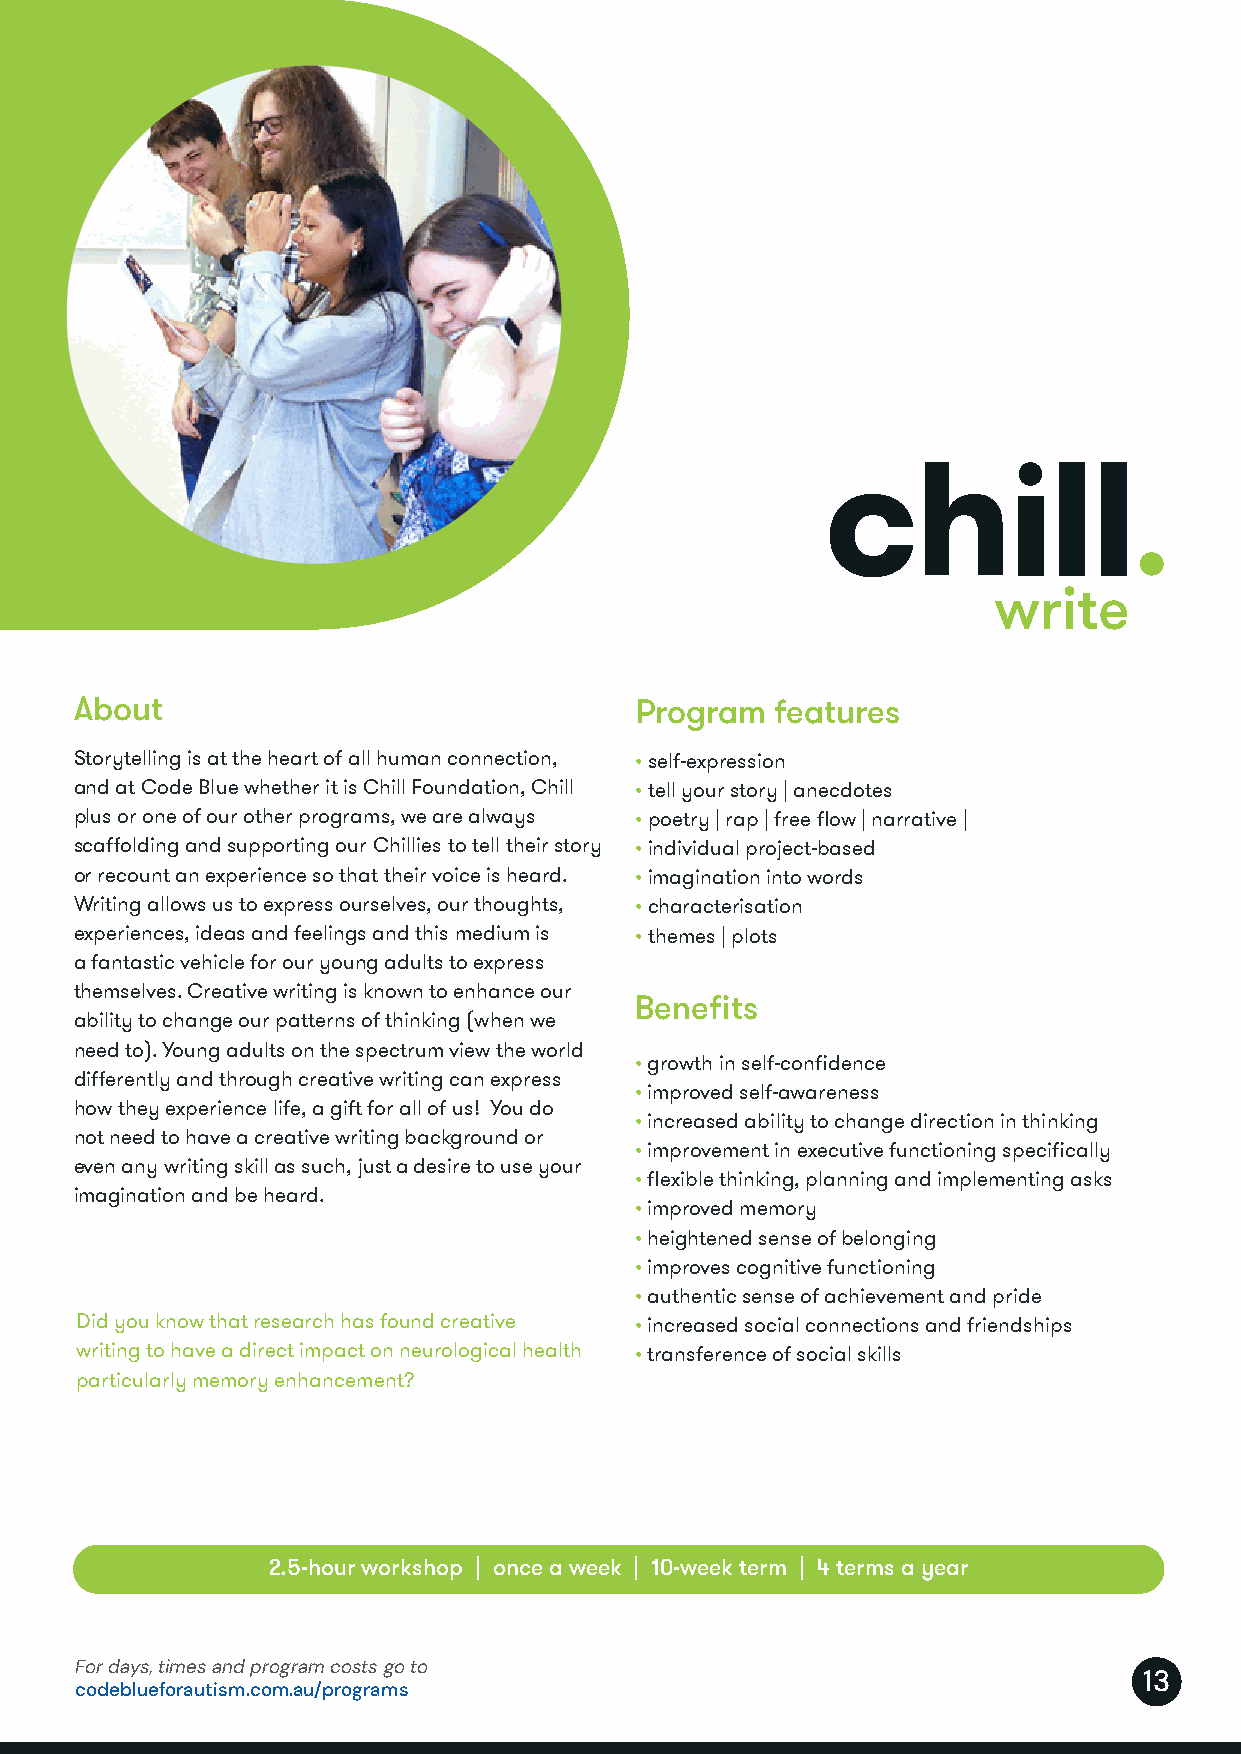
chill programs 2022
 About                                Program  features
 Storytelling is at the heart of all human connection, • self-expression
 and at Code Blue whether it is Chill Foundation, Chill • tell your story | anecdotes
 plus or one of our other programs, we are always • poetry | rap | free flow | narrative |
 scaffolding and supporting our Chillies to tell their story • individual project-based
 or recount an experience so that their voice is heard. • imagination into words
 Writing allows us to express ourselves, our thoughts, • characterisation
 experiences, ideas and feelings and this medium is • themes | plots
 a fantastic vehicle for our young adults to express
 themselves. Creative writing is known to enhance our
 Benefits
 ability to change our patterns of thinking (when we
 need to). Young adults on the spectrum view the world
 • growth in self-confidence
 differently and through creative writing can express
 • improved self-awareness
 how they experience life, a gift for all of us! You do
 • increased ability to change direction in thinking
 not need to have a creative writing background or
 • improvement in executive functioning specifically
 even any writing skill as such, just a desire to use your
 • flexible thinking, planning and implementing asks
 imagination and be heard.
 • improved memory
 • heightened sense of belonging
 • improves cognitive functioning
 • authentic sense of achievement and pride
 Did you know that research has found creative • increased social connections and friendships
 writing to have a direct impact on neurological health • transference of social skills
 particularly memory enhancement?
 2.5-hour workshop | once a week | 10-week term | 4 terms a year
 For days, times and program costs go to
 13
 codeblueforautism.com.au/programs